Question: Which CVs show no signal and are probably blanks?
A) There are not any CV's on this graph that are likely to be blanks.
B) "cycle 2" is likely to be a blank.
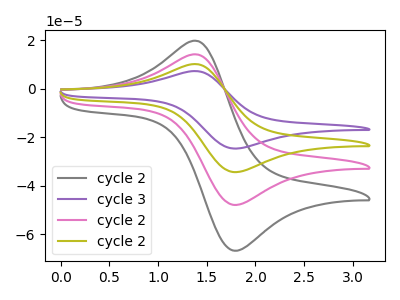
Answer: <think>The gray curve "cycle 2" has an anodic peak at (1.40V, 19.65uA) and a cathodic peak at (1.80V, -66.80uA). The purple curve "cycle 3" has an anodic peak at (1.40V, 42.25uA) and a cathodic peak at (1.80V, -143.75uA). The pink curve "cycle 2" has an anodic peak at (1.40V, 14.10uA) and a cathodic peak at (1.80V, -47.90uA). The olive curve "cycle 2" has an anodic peak at (1.40V, 28.15uA) and a cathodic peak at (1.80V, -95.85uA).</think>
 <answer>A) There are not any CV's on this graph that are likely to be blanks.</answer>
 <eval>A</eval>